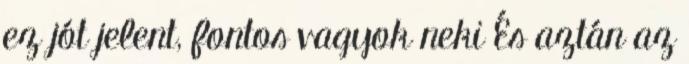
ez jót jelent, fontos vagyok neki És aztán az